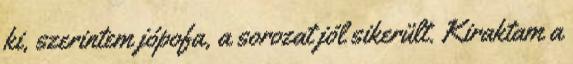
ki, szerintem jópofa, a sorozat jól sikerült. Kiraktam a